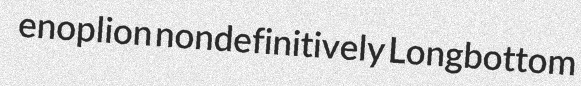
enoplion nondefinitively Longbottom